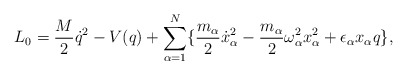
\begin{align*}L_{0} = \frac{M}{2}{\dot{q}}^{2} - V(q) + \sum_{\alpha=1}^{N}\{\frac{m_{\alpha}}{2}{\dot{x}_{\alpha}}^{2} -\frac{m_{\alpha}}{2}\omega_{\alpha}^{2}x_{\alpha}^{2} +{\epsilon}_{\alpha}x_{\alpha}q \} ,\end{align*}